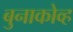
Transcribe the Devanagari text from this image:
बुनाकोव्ह